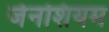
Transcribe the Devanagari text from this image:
जेनशियम